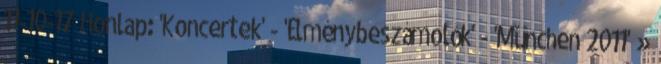
11-10-17 Honlap: 'Koncertek' - 'Élménybeszámolók' - 'München 2011' »